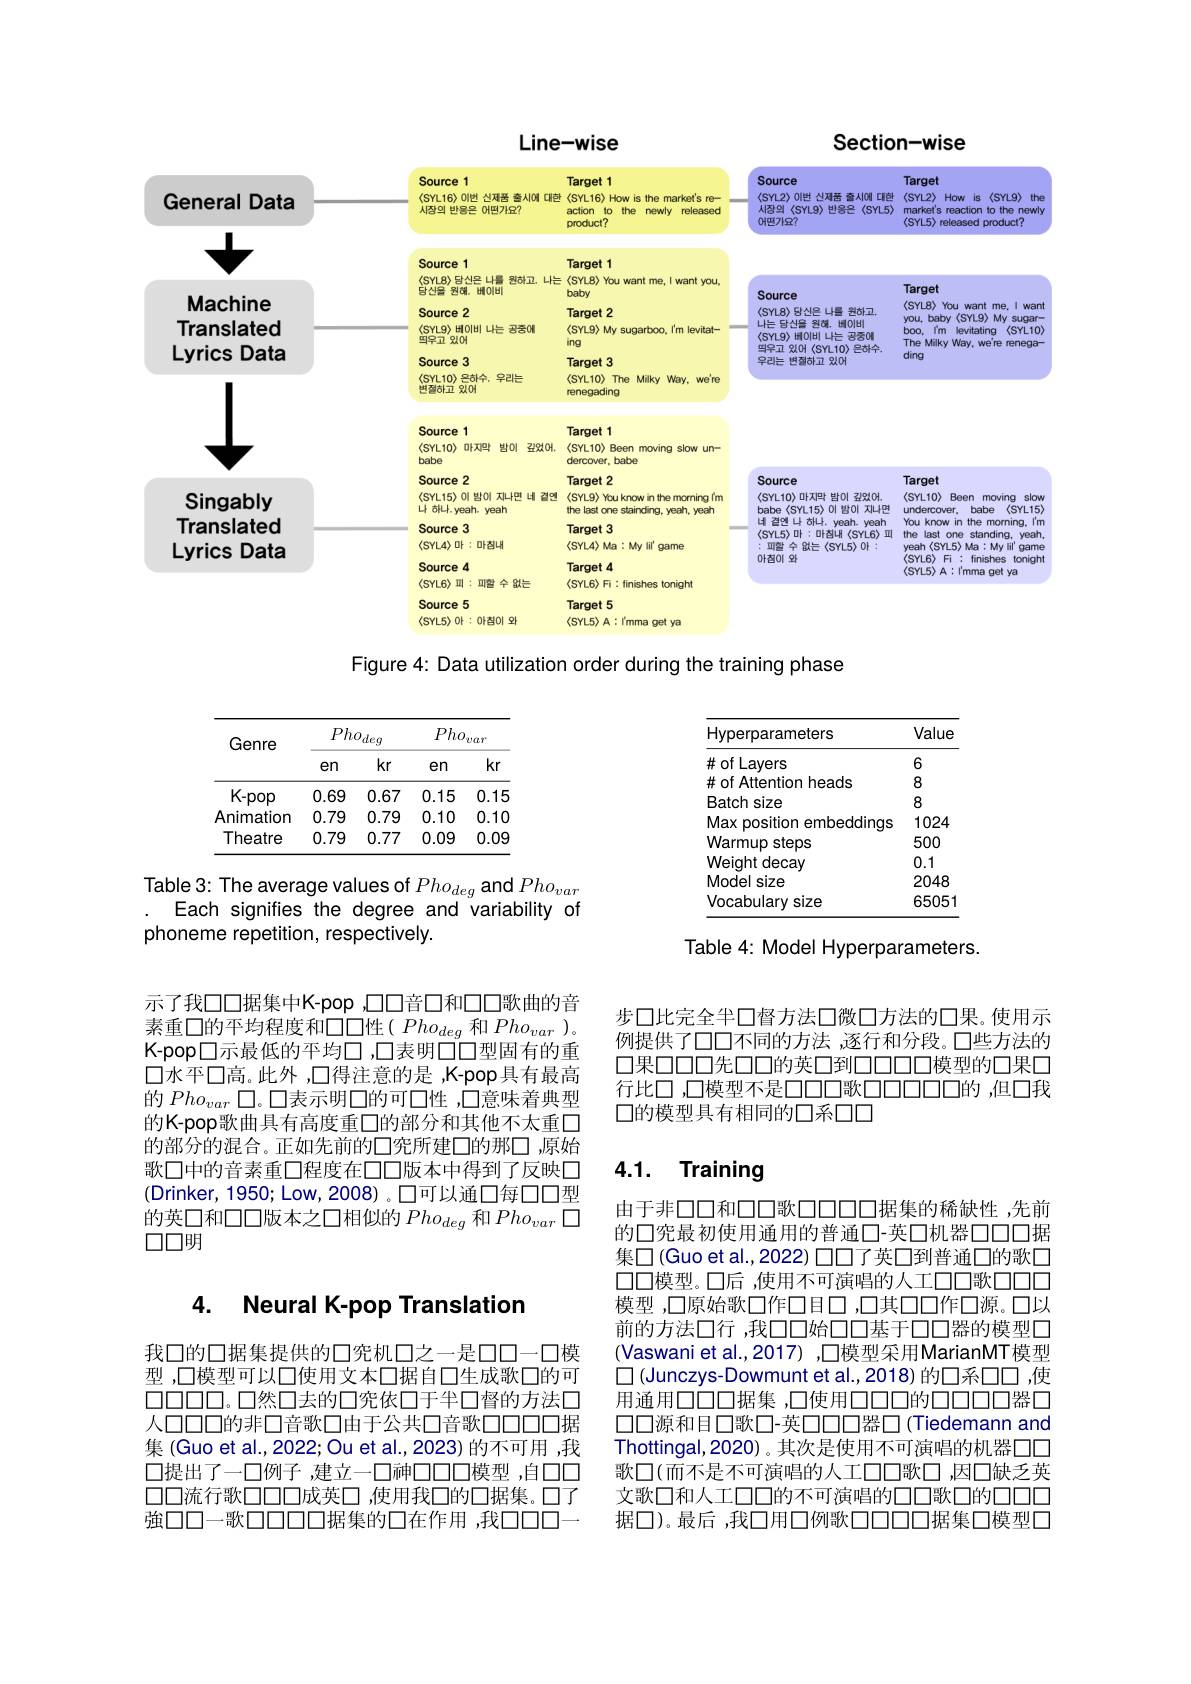
<FigureHere>
Figure 4: Data utilization order during the training phase

<table>
	<tbody>
		<tr>
			<th rowspan="2">Genre</th>
			<th colspan="2">$Pho_{deg}$</th>
			<th colspan="2">$Pho_{var}$</th>
		</tr>
		<tr>
			<th>en</th>
			<th>$kr$</th>
			<th>en</th>
			<th>$kr$</th>
		</tr>
		<tr>
			<td>$K-pop$</td>
			<td>0.69</td>
			<td>0.67</td>
			<td>0.15</td>
			<td>0.15</td>
		</tr>
		<tr>
			<td>Animation</td>
			<td>0.79</td>
			<td>0.79</td>
			<td>0.10</td>
			<td>0.10</td>
		</tr>
		<tr>
			<td>Theatre</td>
			<td>0.79</td>
			<td>0.77</td>
			<td>0.09</td>
			<td>0.09</td>
		</tr>
	</tbody>
</table>

Table 3: The average values of $Pho_{deg}$ and $Pho_{var}$
Each signifies the degree and variability of
phoneme repetition, respectively.

<table>
	<tbody>
		<tr>
			<th>Hyperparameters</th>
			<th>Value</th>
		</tr>
		<tr>
			<td>#of Layers</td>
			<td>6</td>
		</tr>
		<tr>
			<td># of Attention heads</td>
			<td>8</td>
		</tr>
		<tr>
			<td>Batch size</td>
			<td>8</td>
		</tr>
		<tr>
			<td>Max position embeddings</td>
			<td>1024 S</td>
		</tr>
		<tr>
			<td>Warmup s steps</td>
			<td>500</td>
		</tr>
		<tr>
			<td>Weight decay 1</td>
			<td>0.1</td>
		</tr>
		<tr>
			<td>Model size</td>
			<td>2048</td>
		</tr>
		<tr>
			<td>Vocabulary size</td>
			<td>6505</td>
		</tr>
	</tbody>
</table>

Table 4: Model Hyperparameters.

示了我口口据集中K-pop,口口音口和口口歌曲的音素重口的平均程度和口口性( $Pho_{deg}$和$Pho_{var}$ )。K-pop口示最低的平均口 ,口表明口口型固有的重$\square$水平口高。此外，口得注意的是，K-pop具有最高的$Pho_{var}$口。口表示明口的可口性 ,口意味着典型的K-pop歌曲具有高度重口的部分和其他不太重口的部分的混合。正如先前的口究所建口的那□,原始歌口中的音素重口程度在口口版本中得到了反映口(Drinker, 1950; Low, 2008) 。口可以通口每口口型的英口和口口版本之口相似的$Pho_{deg}$和$Pho_{var}\square$ $\square\square$明

# 4. Neural K-pop Translatior

我口的口据集提供的口究机口之一是口口一口模型 ,口模型可以口使用文本口据自口生成歌口的可$\square\square\square\square\square。\square 然\square 去的\square$究依口于半口督的方法口人口口口的非口音歌口由于公共口音歌口口口口据集 (Guo et al., 2022; Ou et al., 2023) 的不可用 ,我口提出了一口例子 ,建立一口神口口口模型 ,自口口口口流行歌口口口成英口 ,使用我口的口据集。口了強口口一歌口口口口口据集的口在作用，我口口口

步口比完全半口督方法口微口方法的口果。使用示例提供了口口不同的方法 ,逐行和分段。口些方法的口果口口口先口口的英口到口口口口模型的口果口行此口，口模型不是口口口歌口口口口口的，但口我口的模型具有相同的口系口口

# 4.1. Training

由于非口口和口口歌口口口口口据集的稀缺性，先前的口究最初使用通用的普通口-英口机器口口口据集口 (Guo et al.,2022) 口口了英口到普通口的歌口口口模型。口后 ,使用不可演唱的人工口口歌口口口模型，口原始歌口作口目口，口其口口作口源。口以前的方法口行，我口口始口口基于口口器的模型口(Vaswani et al.,2017) ,口模型采用MarianMT模型口 (Junczys-Dowmunt et al.,2018) 的口系口口 ,使用通用口口口据集 ,口使用口口口的口口口口器口$\square\square$源和目口歌口-英口口口器口(Tiedemann and Thottingal,2020)。其次是使用不可演唱的机器口口歌口(而不是不可演唱的人工口口歌口，因口缺乏英文歌口和人工口口的不可演唱的口口歌口的口口口据口)。最后 ,我口用口例歌口口口口据集口模型口